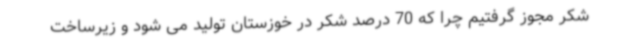
شکر مجوز گرفتیم چرا که 70 درصد شکر در خوزستان تولید می شود و زیرساخت